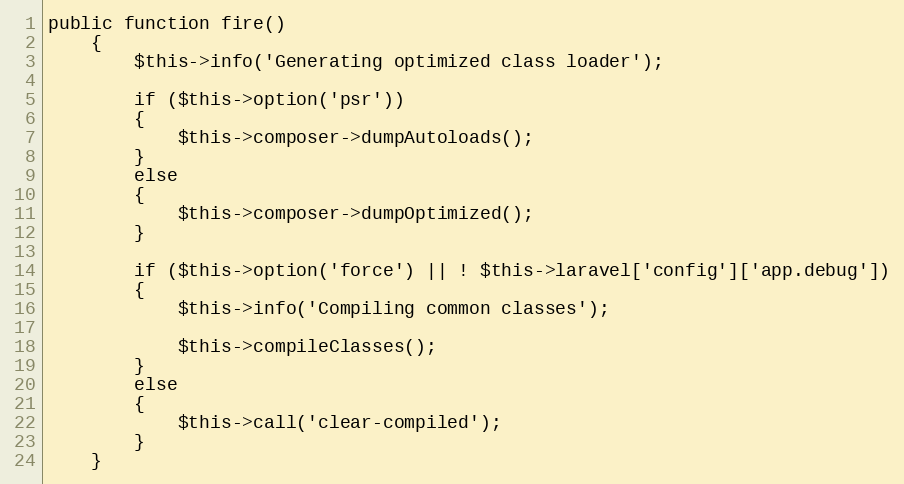
Language: PHP
public function fire()
	{
		$this->info('Generating optimized class loader');

		if ($this->option('psr'))
		{
			$this->composer->dumpAutoloads();
		}
		else
		{
			$this->composer->dumpOptimized();
		}

		if ($this->option('force') || ! $this->laravel['config']['app.debug'])
		{
			$this->info('Compiling common classes');

			$this->compileClasses();
		}
		else
		{
			$this->call('clear-compiled');
		}
	}